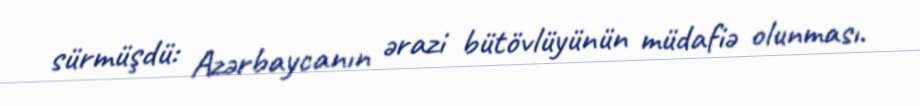
sürmüşdü: Azərbaycanın ərazi bütövlüyünün müdafiə olunması.